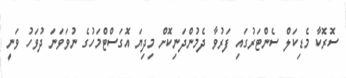
ސޮރޮކާ މެޑިކަލް ސެންޓަރުގައި ފަރުވާ ދެމުންދަނިކޮށް މިދިޔަ އޮގަސްޓްމަހުގެ ނުވަވަނަ ދުވަހު ވަނީ